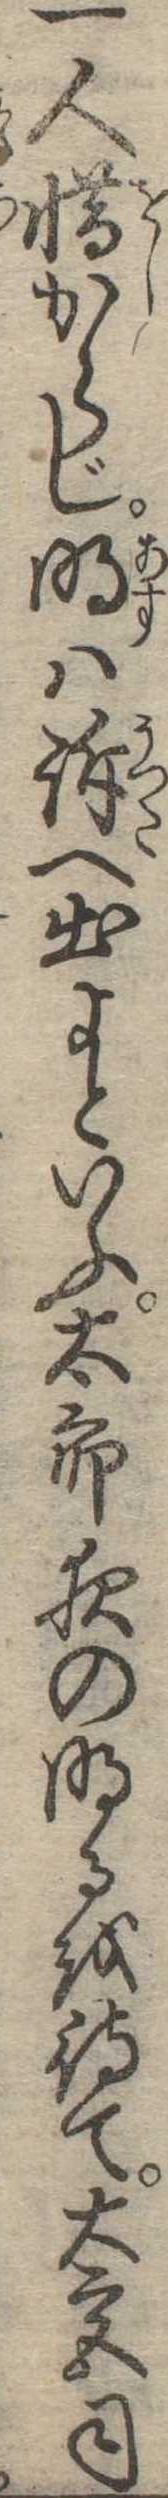
一人惜からじ明は訴へ出よといふ太郎夜の明るを待て大宮司